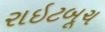
રાઇટબૂચ